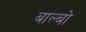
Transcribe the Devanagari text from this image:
बाल्बो